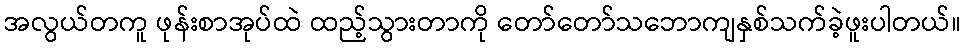
အလွယ်တကူ ဖုန်းစာအုပ်ထဲ ထည့်သွားတာကို တော်တော်သဘောကျနှစ်သက်ခဲ့ဖူးပါတယ်။